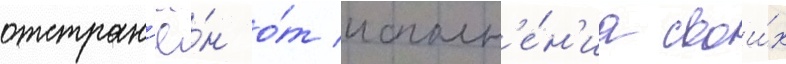
отстран'ё́н о́т исполн'е́н'иа свои́х